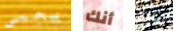
يحمي أنك استلم